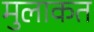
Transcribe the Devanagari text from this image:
मुलाकत